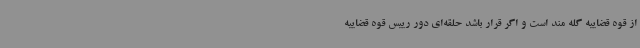
از قوه قضاییه گله مند است و اگر قرار باشد حلقه‌ای دور رییس قوه قضاییه